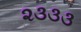
૨૩૩૩